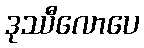
ဒုဿီလောပေ